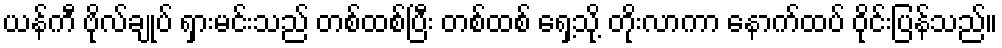
ယန်ကီ ဗိုလ်ချုပ် ရှားမင်းသည် တစ်ထစ်ပြီး တစ်ထစ် ရှေ့သို့ တိုးလာကာ နောက်ထပ် ဝိုင်းပြန်သည်။